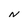
Character: N